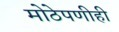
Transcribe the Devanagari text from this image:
मोठेपणीही